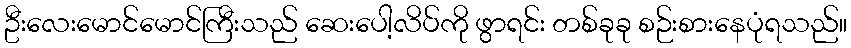
ဦးလေးမောင်မောင်ကြီးသည် ဆေးပေါ့လိပ်ကို ဖွာရင်း တစ်ခုခု စဉ်းစားနေပုံရသည်။